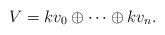
LaTeX: \begin{align*}V = kv_0 \oplus \cdots \oplus k v_n. \end{align*}